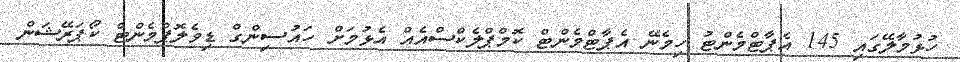
ހުޅުމާލޭގައި 145 އެޕާޓްމެންޓު ހިމެނޭ އެޕާޓްމެންޓް ކޮމްޕްލެކްސްއެއް އެޅުމަށް ހައުސިންގް ޑިވެލޮޕްމެންޓް ކޯޕަރޭޝަން